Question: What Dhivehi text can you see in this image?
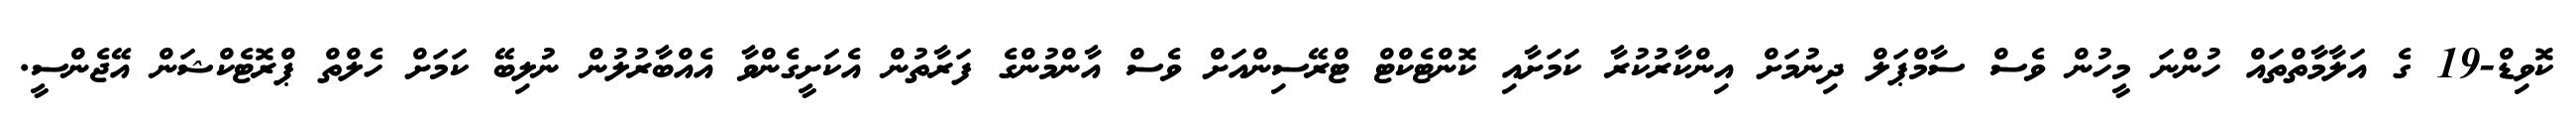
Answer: ކޮވިޑް-19 ގެ އަލާމާތްތައް ހުންނަ މީހުން ވެސް ސާމްޕަލް ދިނުމަށް އިންކާރުކުރާ ކަމަށާއި ކޮންޓެކްޓް ޓްރޭސިންއަށް ވެސް އާންމުންގެ ފަރާތުން އެކަށީގެންވާ އެއްބާރުލުން ނުލިބޭ ކަމަށް ހެލްތް ޕްރޮޓެކްޝަން އޭޖެންސީ.